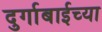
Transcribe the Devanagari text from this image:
दुर्गाबाईच्या